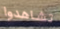
تشاهدوا